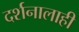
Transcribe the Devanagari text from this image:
दर्शनालाही